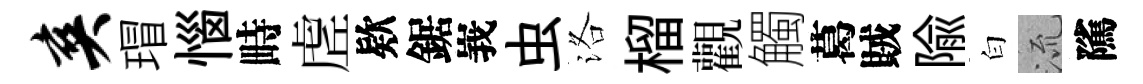
爽瑁惱畤虗欵鋸峩虫洛榴觀觸葛賊隃白𣴑隲